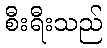
စီးရီးသည်